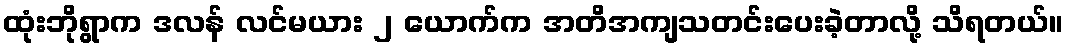
ထုံးဘိုရွာက ဒလန် လင်မယား ၂ ယောက်က အတိအကျသတင်းပေးခဲ့တာလို့ သိရတယ်။